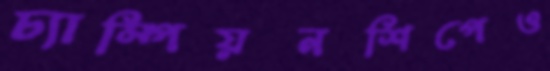
চ্যাম্পিয়নশিপেও